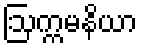
ဩက္ကမနိယာ